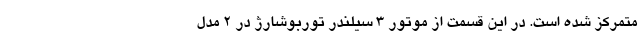
متمرکز شده است. در این قسمت از موتور 3 سیلندر توربوشارژ در 2 مدل